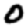
Digit: 0